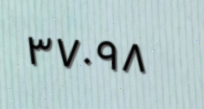
٣٧٠٩٨